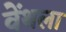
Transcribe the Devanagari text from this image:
वेंथला